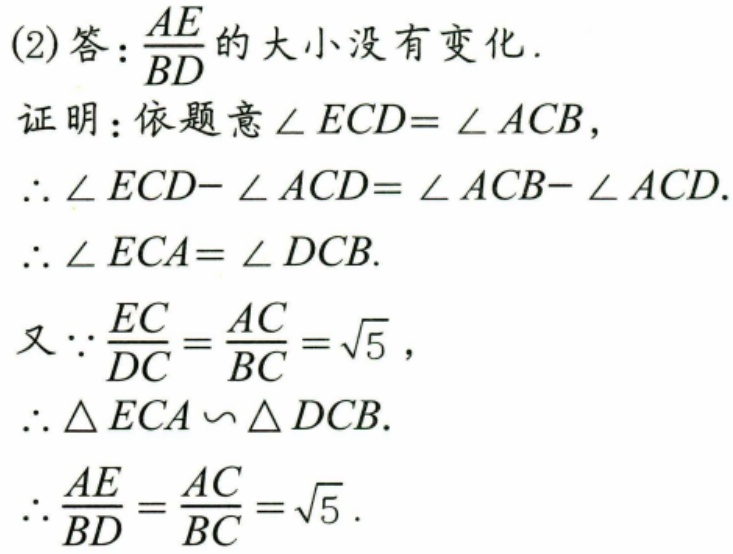
(2)答：$\frac{AE}{BD}$的大小没有变化.
证明：依题意$\angle ECD = \angle ACB$，
$\therefore\angle ECD - \angle ACD=\angle ACB - \angle ACD$.
$\therefore\angle ECA=\angle DCB$.
又$\because\frac{EC}{DC}=\frac{AC}{BC}=\sqrt{5}$，
$\therefore\triangle ECA\backsim\triangle DCB$.
$\therefore\frac{AE}{BD}=\frac{AC}{BC}=\sqrt{5}$.